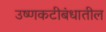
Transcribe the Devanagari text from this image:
उष्णकटीबंधातील